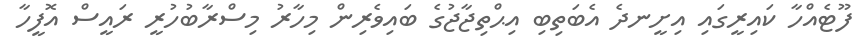
ފޫޓެއްހާ ކައިރީގައި އިށީނދެ އެބަތިބި އިޙްތިޖާޖުގެ ބައިވެރިން މިހާރު މިސްރާބުހުރީ ރައީސް އޮފީހާ